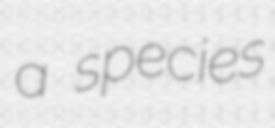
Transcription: a species